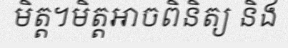
មិត្ត។មិត្តអាចពិនិត្យ និង